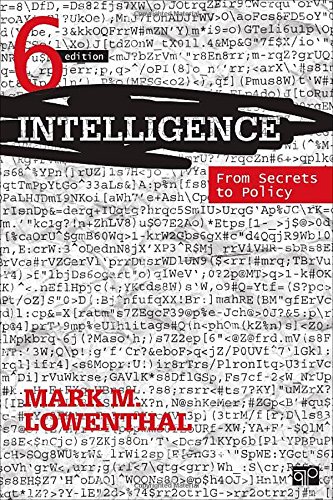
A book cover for Intelligence; From Secrets to Policy 6 Ed; Mark M Lowenthal; Biographies & Memoirs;